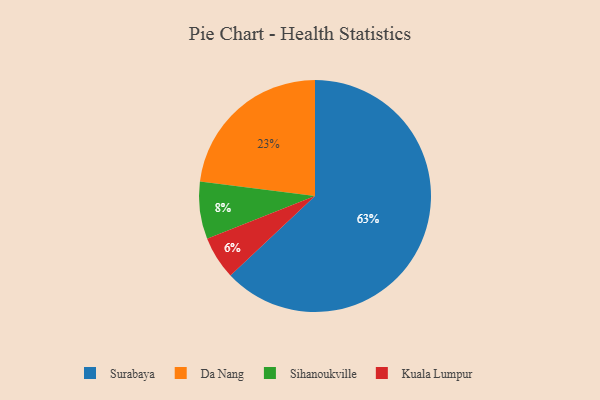
{"axis": {"x": "Category", "y": "Percentage"}, "legend": ["Da Nang", "Kuala Lumpur", "Sihanoukville", "Surabaya"], "data": [{"x": "Sihanoukville", "y": 8, "type": "Sihanoukville"}, {"x": "Da Nang", "y": 23, "type": "Da Nang"}, {"x": "Kuala Lumpur", "y": 6, "type": "Kuala Lumpur"}, {"x": "Surabaya", "y": 63, "type": "Surabaya"}]}